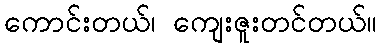
ကောင်းတယ်၊ ကျေးဇူးတင်တယ်။